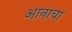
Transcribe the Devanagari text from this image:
आनाचा